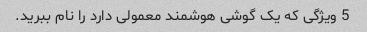
5 ویژگی که یک گوشی هوشمند معمولی دارد را نام ببرید.